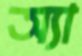
অ্যা